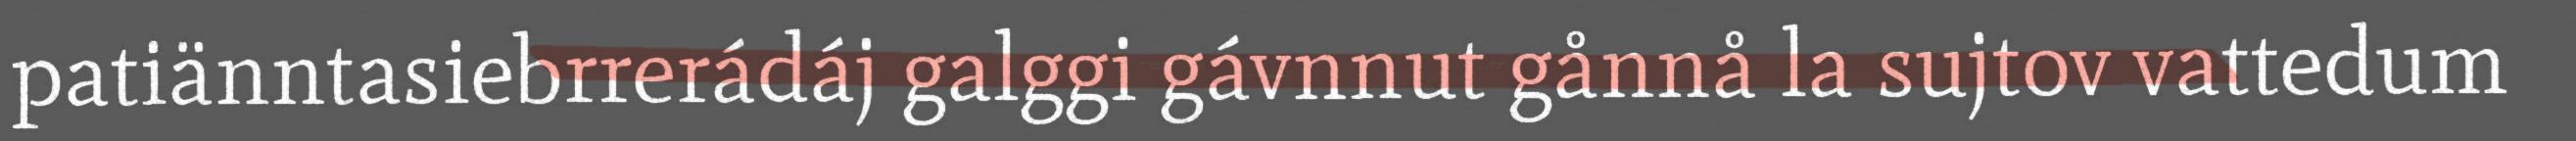
patiänntasiebrrerádáj galggi gávnnut gånnå la sujtov vattedum